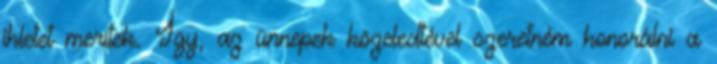
ihletet merítek. Így, az ünnepek közeledtével szeretném honorálni a